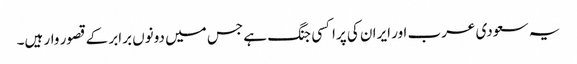
یہ سعودی عرب اور ایران کی پراکسی جنگ ہے جس میں دونوں برابر کے قصور وار ہیں۔